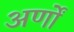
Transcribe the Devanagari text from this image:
अर्णों